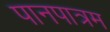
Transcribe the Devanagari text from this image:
पानपात्रम